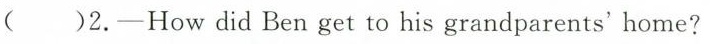
( )2.-How did Ben get to his grandparents' home?